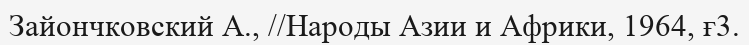
Зайончковский А., //Народы Азии и Африки, 1964, ғ3.